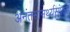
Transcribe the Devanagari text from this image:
अनंतसामर्थ्यसंपन्ना